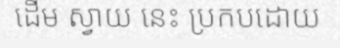
ដើម ស្វាយ នេះ ប្រកបដោយ